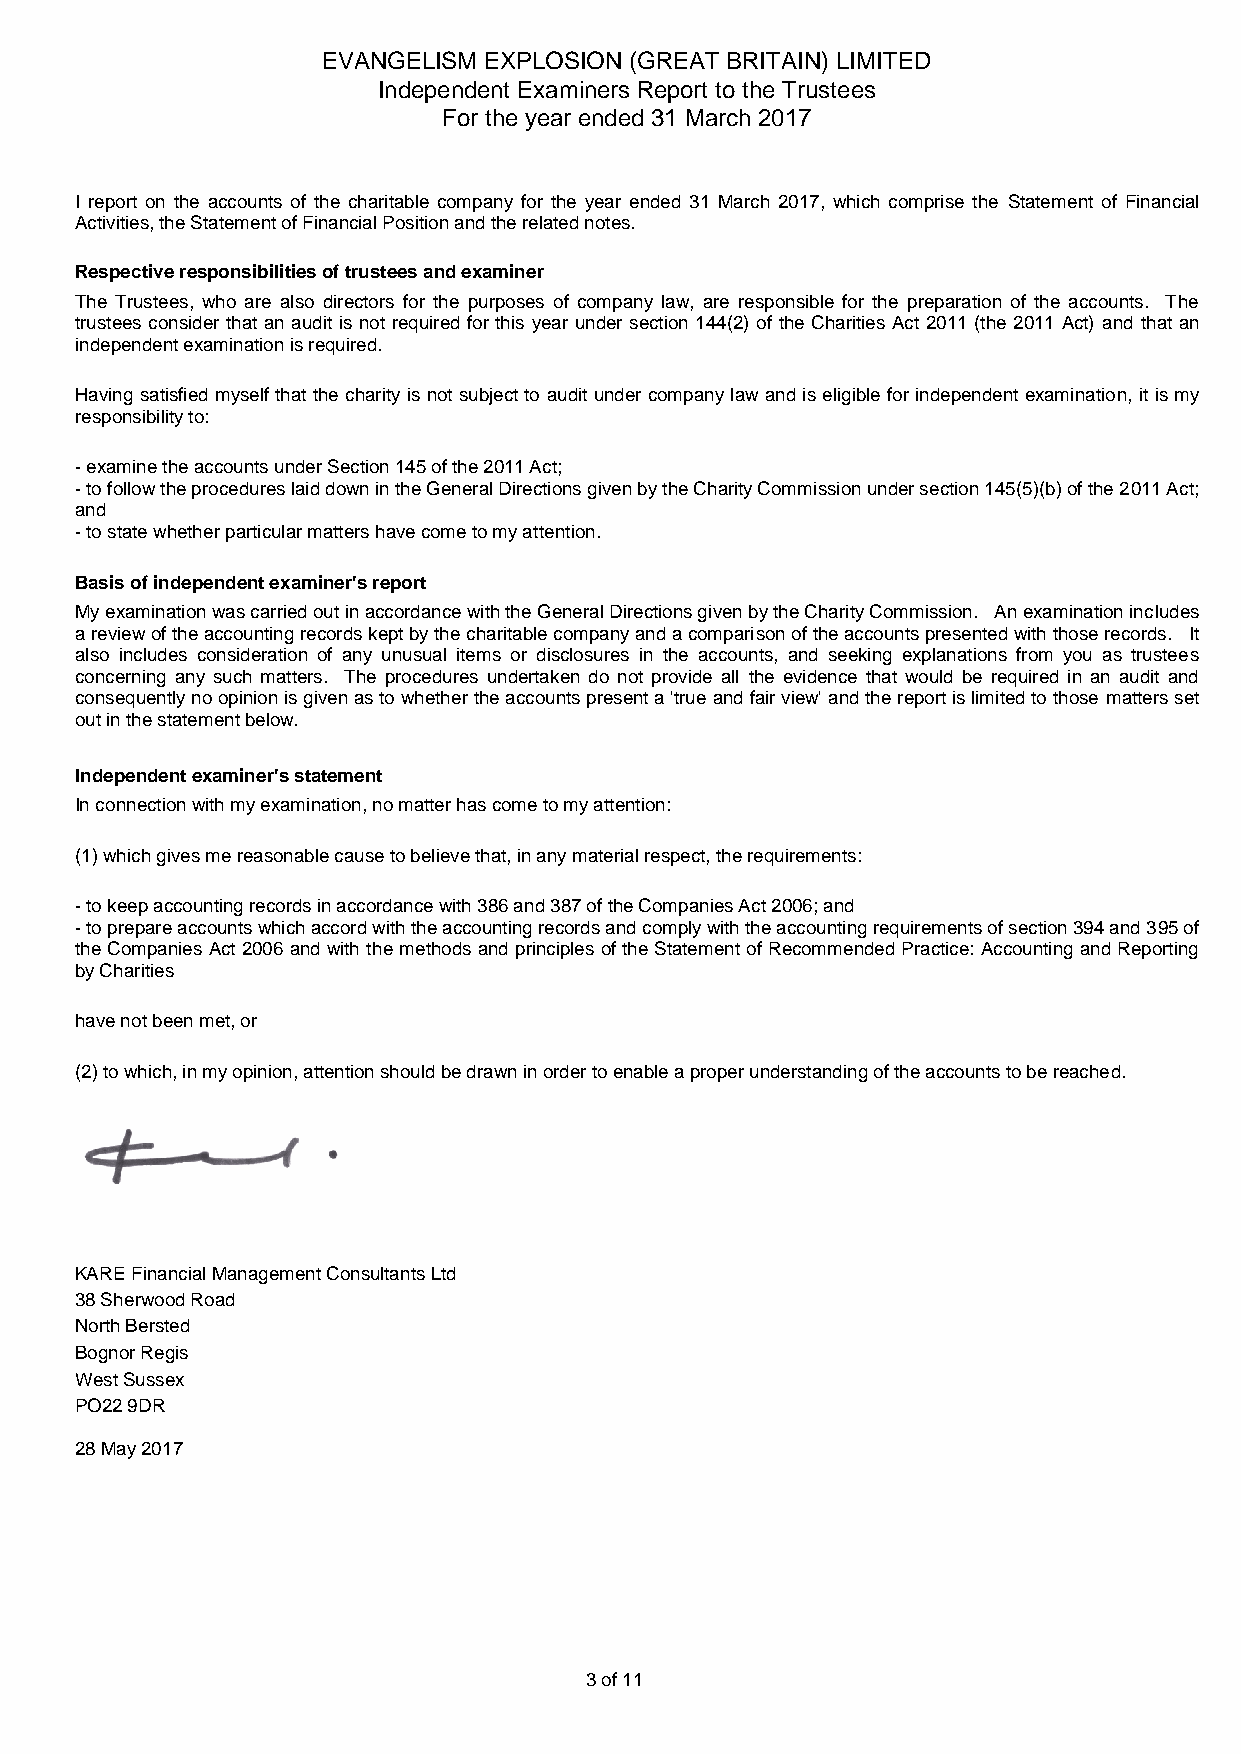
EVANGELISM EXPLOSION (GREAT BRITAIN) LIMITED
 Independent Examiners Report to the Trustees
 For the year ended 31 March 2017
 I report on the accounts of the charitable company for the year ended 31 March 2017, which comprise the Statement of Financial
 Activities, the Statement of Financial Position and the related notes.
 Respective responsibilities of trustees and examiner
 The Trustees, who are also directors for the purposes of company law, are responsible for the preparation of the accounts. The
 trustees consider that an audit is not required for this year under section 144(2) of the Charities Act 2011 (the 2011 Act) and that an
 independent examination is required.
 Having satisfied myself that the charity is not subject to audit under company law and is eligible for independent examination, it is my
 responsibility to:
 - examine the accounts under Section 145 of the 2011 Act;
 - to follow the procedures laid down in the General Directions given by the Charity Commission under section 145(5)(b) of the 2011 Act;
 and
 - to state whether particular matters have come to my attention.
 Basis of independent examiner's report
 My examination was carried out in accordance with the General Directions given by the Charity Commission. An examination includes
 a review of the accounting records kept by the charitable company and a comparison of the accounts presented with those records. It
 also includes consideration of any unusual items or disclosures in the accounts, and seeking explanations from you as trustees
 concerning any such matters. The procedures undertaken do not provide all the evidence that would be required in an audit and
 consequently no opinion is given as to whether the accounts present a 'true and fair view' and the report is limited to those matters set
 out in the statement below.
 Independent examiner's statement
 In connection with my examination, no matter has come to my attention:
 (1) which gives me reasonable cause to believe that, in any material respect, the requirements:
 - to keep accounting records in accordance with 386 and 387 of the Companies Act 2006; and
 - to prepare accounts which accord with the accounting records and comply with the accounting requirements of section 394 and 395 of
 the Companies Act 2006 and with the methods and principles of the Statement of Recommended Practice: Accounting and Reporting
 by Charities
 have not been met, or
 (2) to which, in my opinion, attention should be drawn in order to enable a proper understanding of the accounts to be reached.
 KARE Financial Management Consultants Ltd
 38 Sherwood Road
 North Bersted
 Bognor Regis
 West Sussex
 PO22 9DR
 28 May 2017
 3 of 11